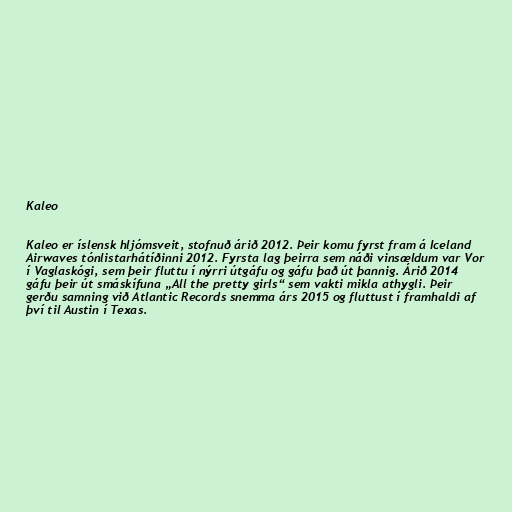
Kaleo

Kaleo er íslensk hljómsveit, stofnuð árið 2012. Þeir komu fyrst fram á Iceland
Airwaves tónlistarhátíðinni 2012. Fyrsta lag þeirra sem náði vinsældum var Vor
í Vaglaskógi, sem þeir fluttu í nýrri útgáfu og gáfu það út þannig. Árið 2014
gáfu þeir út smáskífuna „All the pretty girls“ sem vakti mikla athygli. Þeir
gerðu samning við Atlantic Records snemma árs 2015 og fluttust í framhaldi af
því til Austin í Texas.